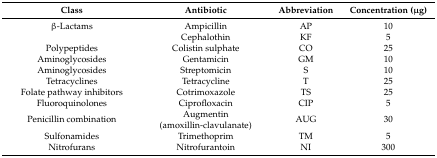
| Class | Antibiotic | Abbreviation | Concentration (μg) |
 | --- | --- | --- | --- |
 | β-Lactams | Ampicillin | AP | 10 |
 |  | Cephalothin | KF | 5 |
 | Polypeptides | Colistin sulphate | CO | 25 |
 | Aminoglycosides | Gentamicin | GM | 10 |
 | Aminoglycosides | Streptomicin | S | 10 |
 | Tetracyclines | Tetracycline | T | 25 |
 | Folate pathway inhibitors | Cotrimoxazole | TS | 25 |
 | Fluoroquinolones | Ciprofloxacin | CIP | 5 |
 | Penicillin combination | Augmentin(amoxillin-clavulanate) | AUG | 30 |
 | Sulfonamides | Trimethoprim | TM | 5 |
 | Nitrofurans | Nitrofurantoin | NI | 300 |